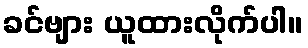
ခင်ဗျား ယူထားလိုက်ပါ။